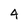
Character: 4